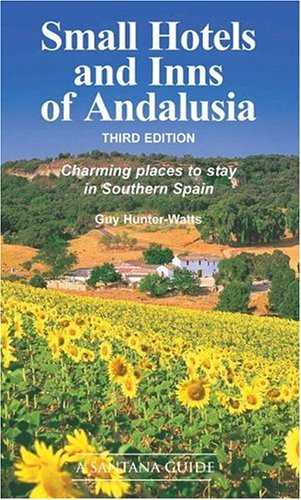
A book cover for Small Hotels & Inns of Andalusia: Charming Places to Stay in Southern Spain; Guy Hunter-Watts HUNTER-WATTS; Travel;